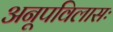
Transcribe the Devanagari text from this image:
अनूपविलासः